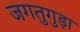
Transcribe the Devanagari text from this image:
जगतुगुड़ा